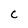
Character: C